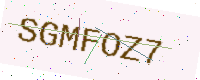
Text: SGMFOZ7